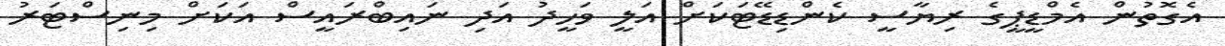
އެގޮތުން އެމްޑީޕީގެ ރިޔާސީ ކެންޑިޑޭޓަކަށް އަލީ ވަހީދު އަދި ނައިބްރައީސް އަކަށް މިނިސްޓަރު